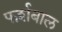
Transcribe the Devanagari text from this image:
फर्शबाल